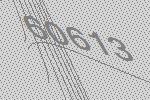
60613